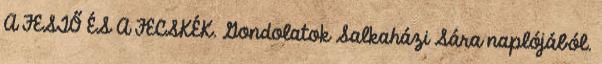
A FESTŐ ÉS A FECSKÉK. Gondolatok Salkaházi Sára naplójából.